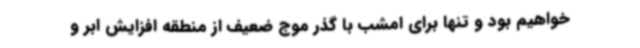
خواهیم بود و تنها برای امشب با گذر موج ضعیف از منطقه افزایش ابر و